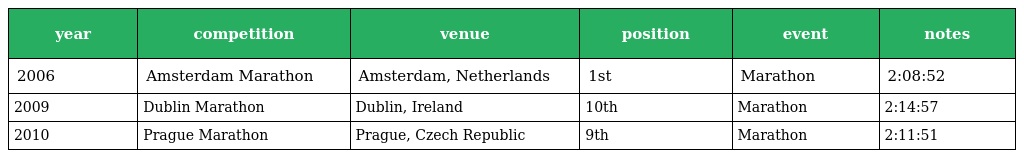
| year | competition | venue | position | event | notes |
 | --- | --- | --- | --- | --- | --- |
 | 2006 | Amsterdam Marathon | Amsterdam, Netherlands | 1st | Marathon | 2:08:52 |
 | 2009 | Dublin Marathon | Dublin, Ireland | 10th | Marathon | 2:14:57 |
 | 2010 | Prague Marathon | Prague, Czech Republic | 9th | Marathon | 2:11:51 |